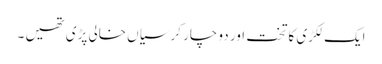
ایک لکڑی کا تخت اور دو چار کرسیاں خالی پڑی تھیں ۔